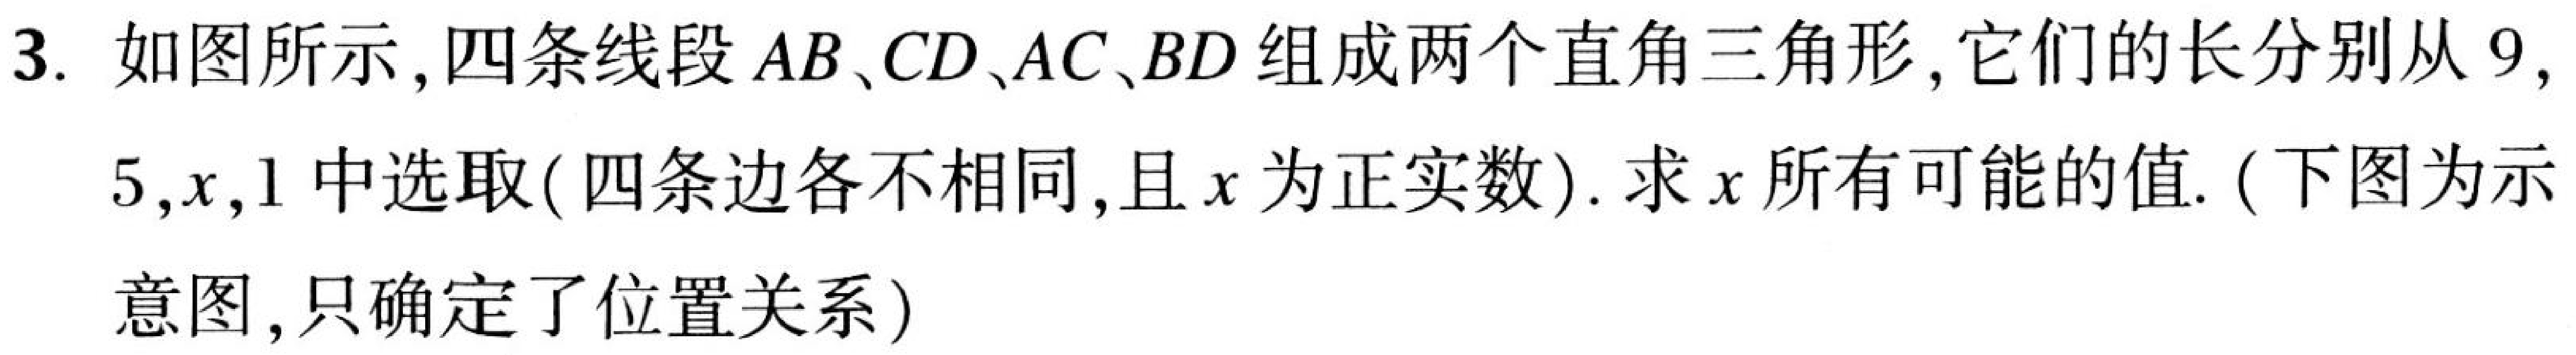
3. 如图所示, 四条线段 \(AB、CD、AC、BD\) 组成两个直角三角形, 它们的长分别从 \(9,\)
\(5,x,1\) 中选取 ( 四条边各不相同, 且 \(x\) 为正实数). 求 \(x\) 所有可能的值. (下图为示
意图, 只确定了位置关系)